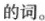
的词。